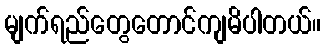
မျက်ရည်တွေတောင်ကျမိပါတယ်။